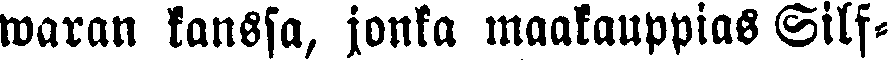
waran kanssa, jonka maakauppias Silf-